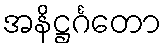
အနိဋ္ဌင်္ဂတော